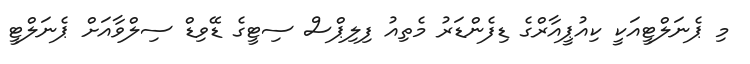
މި ޕެނަލްޓީއަކީ ކިއުޕީއާރްގެ ޑިފެންޑަރު މެތިއު ފިލިޕްސް ސިޓީގެ ޑޭވިޑް ސިލްވާއަށް ޕެނަލްޓީ